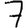
Digit: 7